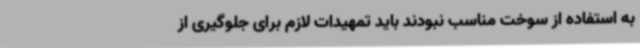
به استفاده از سوخت مناسب نبودند باید تمهیدات لازم برای جلوگیری از